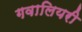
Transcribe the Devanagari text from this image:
गवालियरी